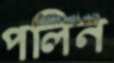
পলিন